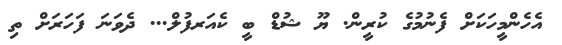
އެހެންމީހަކަށް ފެނުމުގެ ކުރީން. ޔޫ ޝުޑް ބީ ކެއަރފުލް... ދެވަނަ ފަހަރަށް ތި